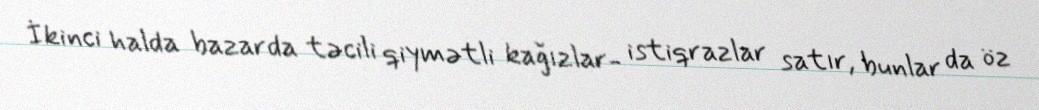
İkinci halda bazarda təcili qiymətli kağızlar- istiqrazlar satır, bunlar da öz